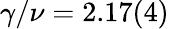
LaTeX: \gamma/\nu=2.17(4)